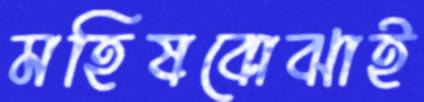
মহিষবোঝাই